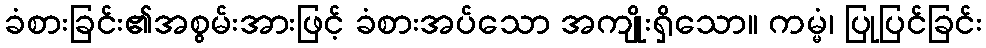
ခံစားခြင်း၏အစွမ်းအားဖြင့် ခံစားအပ်သော အကျိုးရှိသော။ ကမ္မံ၊ ပြုပြင်ခြင်း